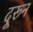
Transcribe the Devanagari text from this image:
दूरून